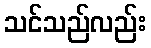
သင်သည်လည်း